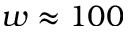
w \approx 1 0 0